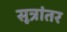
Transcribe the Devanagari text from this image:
सूत्रांतर